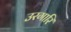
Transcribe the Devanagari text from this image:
उरगारि